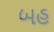
બહ